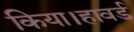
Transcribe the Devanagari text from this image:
किया।हावर्ड